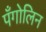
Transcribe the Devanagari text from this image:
पँगोलिन